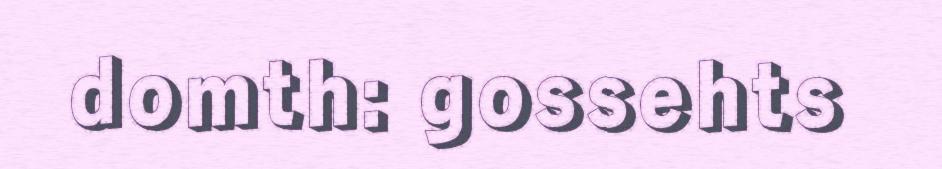
domth: gossehts